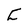
Character: C